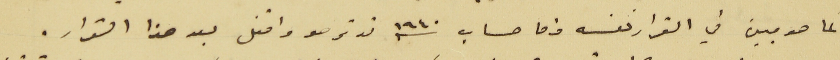
كما هو مبين في القرار نفسه واما حساب سنه ١٩٤٠ قد ترصد واقفل بعد هذا القرار.